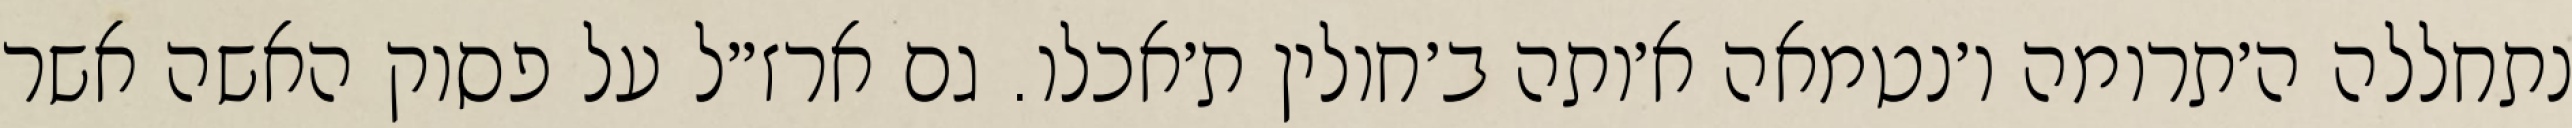
נתחללה ה׳תרומה ו׳נטמאה א׳ותה ב׳חולין ת׳אכלו. גם ארז״ל על פסוק האשה אשר